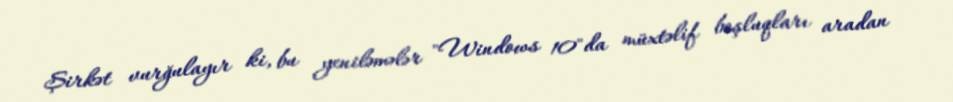
Şirkət vurğulayır ki, bu yeniləmələr "Windows 10"da müxtəlif boşluqları aradan